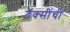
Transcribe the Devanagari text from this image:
टॅक्सींची